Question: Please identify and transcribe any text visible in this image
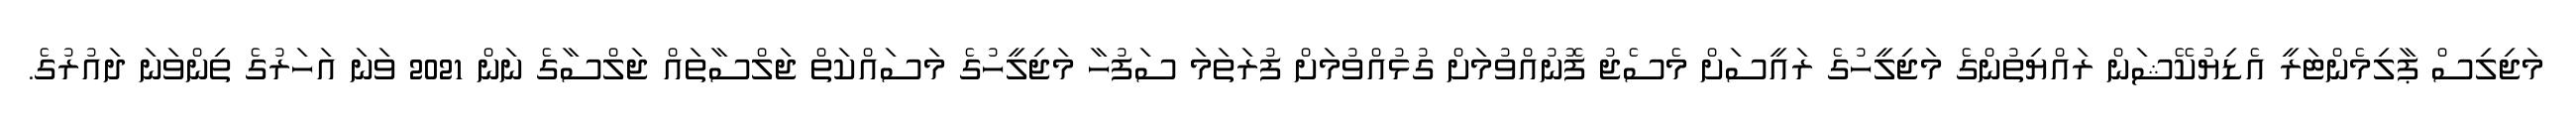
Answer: މަޖިލިސް ޕާލިމެންޓަރީ އެޑިޔުކޭޝަން ރައްޔިތުންގެ މަޖިލީހުގެ ރައީސަށް މެސެޖު ފޮނުއްވުމަށް ގުޅުއްވުމަށް ފުރަތަމަ ސަފުހާ މަޖިލީހުގެ މަސައްކަތް ޖަލްސާތައް ޖަލްސާގެ ނަން 2021 ވަނަ އަހަރުގެ ތިންވަނަ ދައުރުގެ.